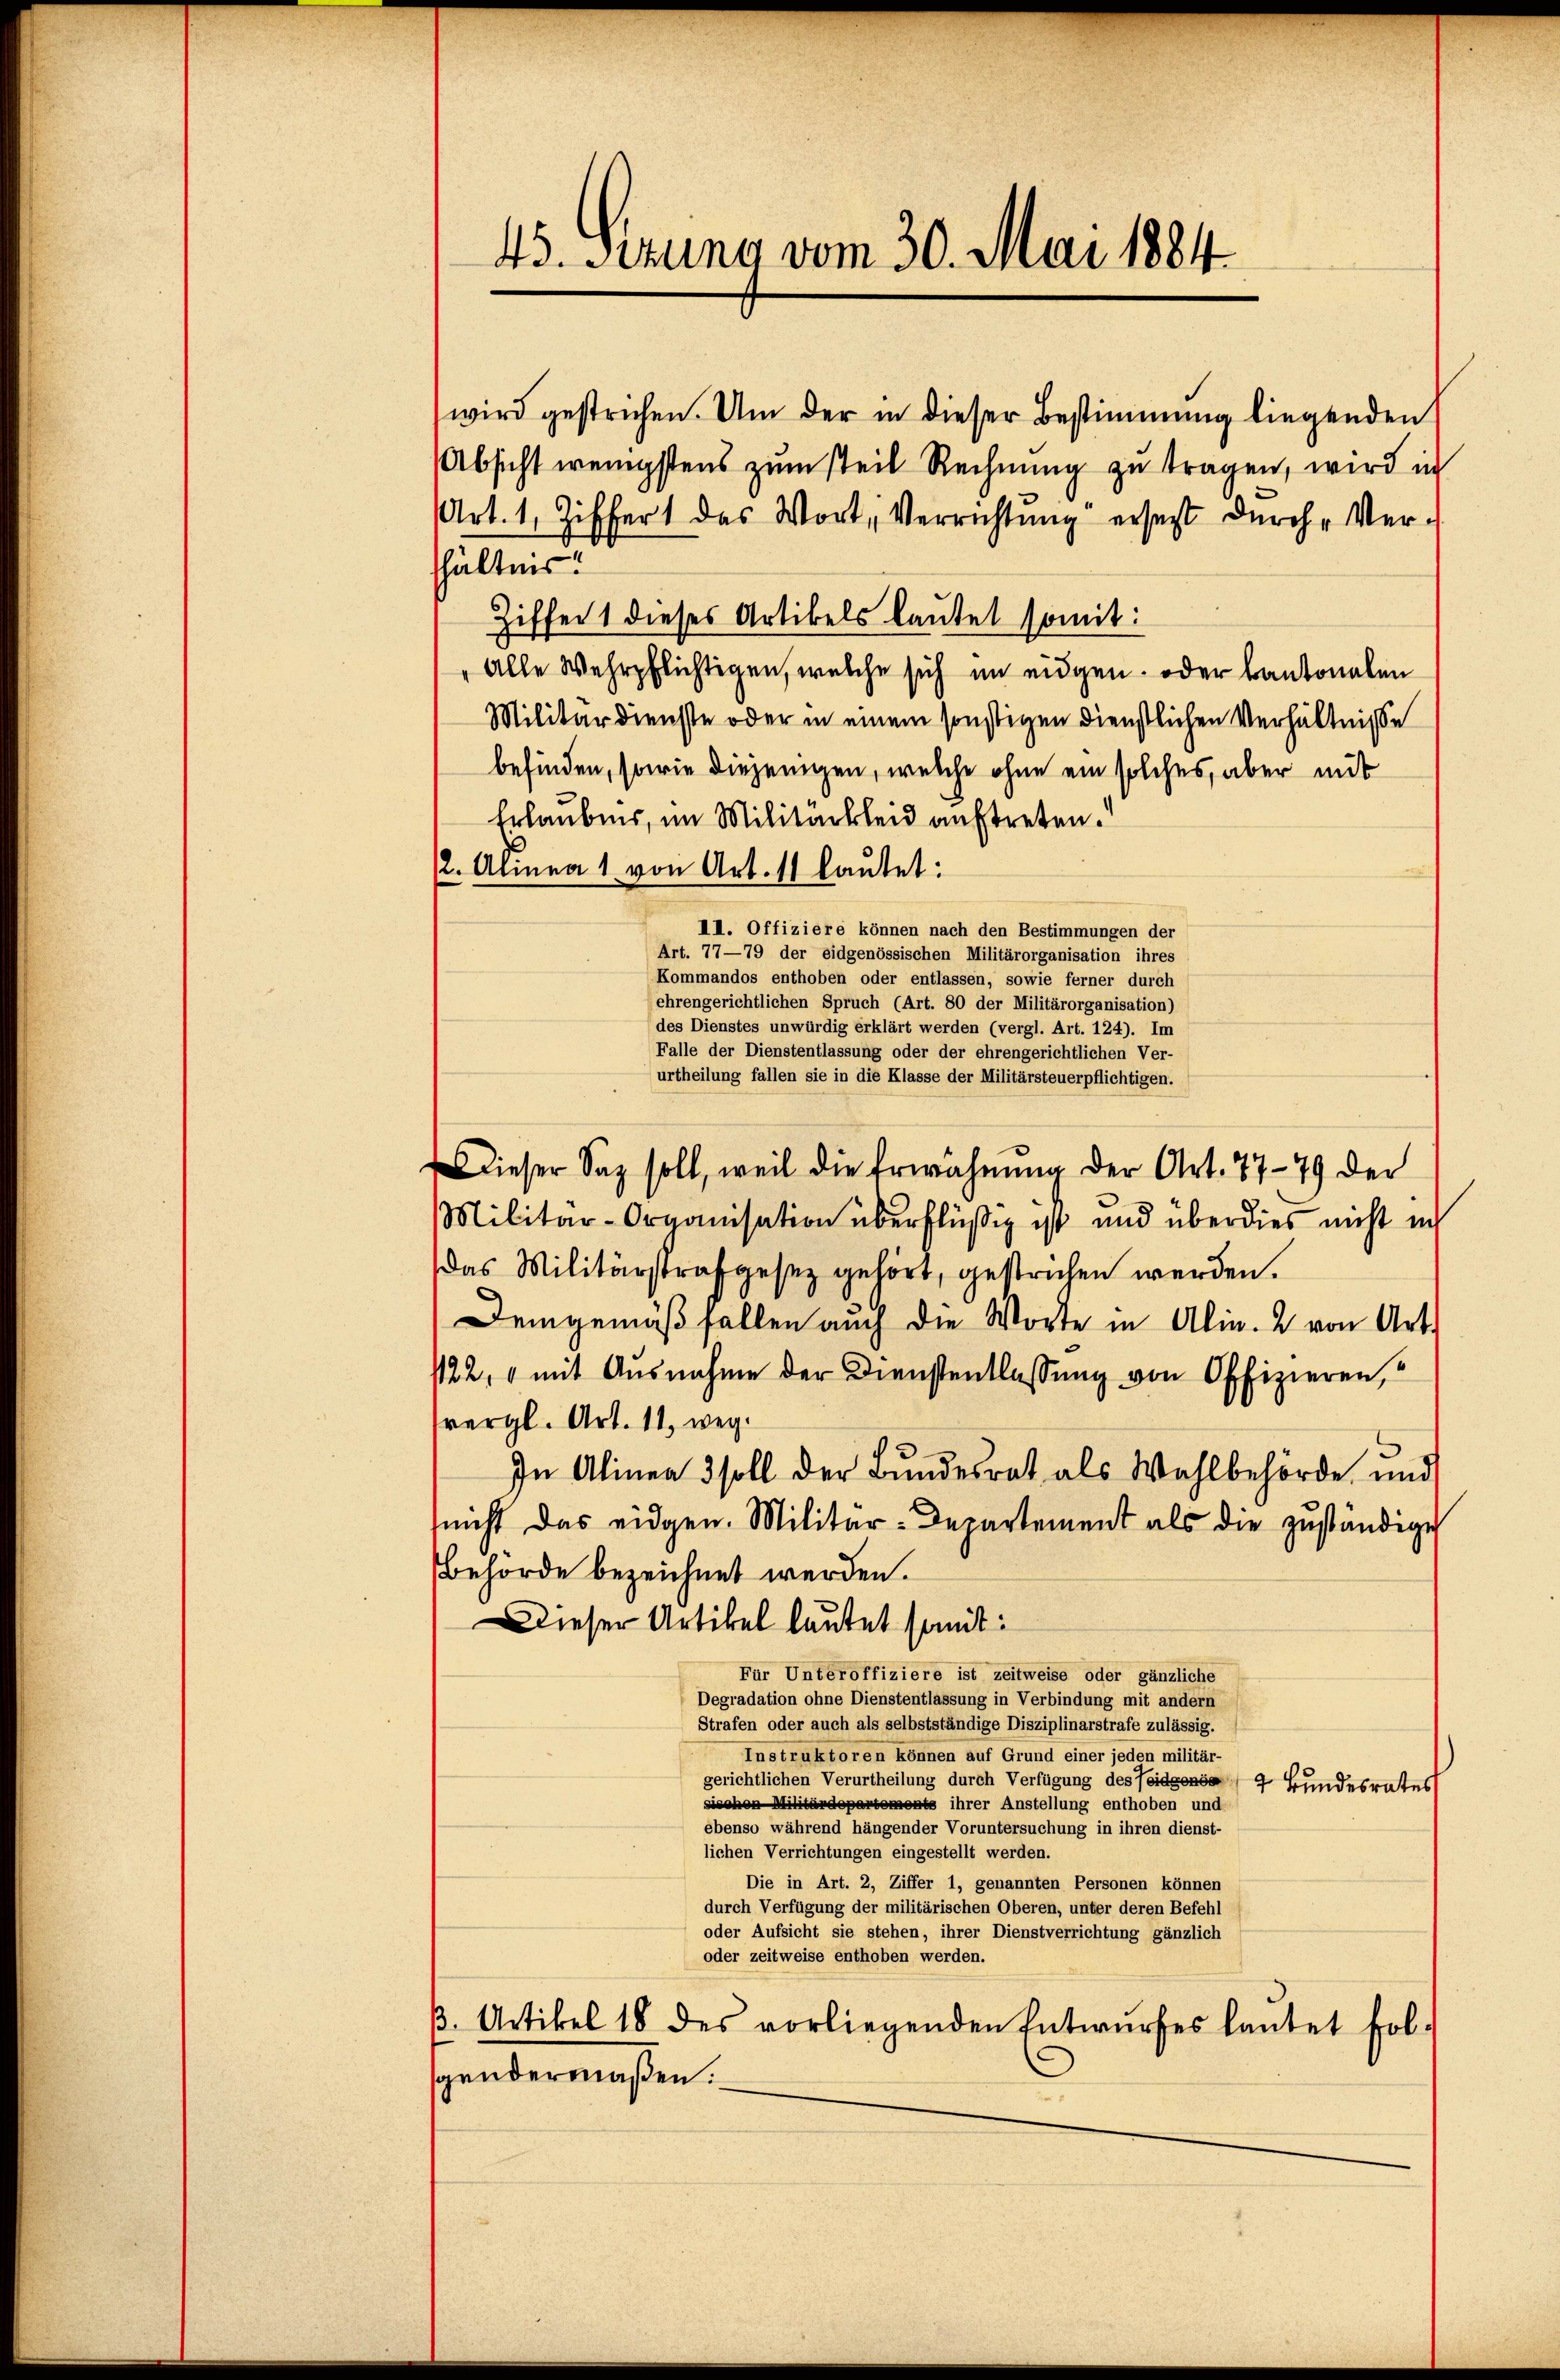
45. Sekung vom 30. Mai 1884.

wird gestrichen. Um der in dieser Bestimmung liegenden
Absicht wenigstens zum steil Rechnung zu tragen, wird in
Art. 1, Ziffert das Wort, Verrichtung ersetzt durch Verhältnis.
Ziffer 1 dieses Artikels lautet somit:
Alle Wehrpflichtigen, welche sich im eidgen. oder Kantonalen
Militärdienste oder in einem sonstigen dienstlichen Verhältnisse
befinden, sowie diejenigen, welche ohne ein solches, aber mit
Erlaubnis, im Militarkleid auftreten.
2. Alinea 1 von Art. 11 lautet:
III. Offiziere können nach den Bestimmungen der
Art. 77—79 der eidgenössischen Militärorganisation ihres
Kommandos enthoben oder entlassen, sowie ferner durch
ehrengerichtlichen Spruch (Art. 80 der Militärorganisation)
des Dienstes unwürdig erklärt werden (vergl. Art. 124). Im
Falle der Dienstentlassung oder der ehrengerichtlichen Ver-
urtheilung fallen sie in die Klasse der Militärsteuerpflichtigen.
dieser Sag soll, weil die Erwähnung der Art. 77-79 der
Militär-Organisation überflüßig ist und über dies nicht in
das Militärstrafgesez gehört, gestrichen werden.
Demgemäß fallen auch die Worte in Alin. 2. von Art.
/22, 1 mit Ausnahme der Dienstentlassung von Offizieren,
vergl. Art. 11, weg.
In Alinea 3 soll der Bundesrat als Wahlbehörde und
nicht das eidgen. Militär-Departement als die zuständige
Behörde bezeichnet werden.
Dieser Artikel lautet somit:
Für Unteroffiziere ist zeitweise oder gänzliche
Degradation ohne Dienstentlassung in Verbindung mit andern
Strafen oder auch als selbstständige Disziplinarstrafe zulässig.
Instruktoren können auf Grund einer jeden militär-
gerichtlichen Verurtheilung durch Verfügung des Teidgenös 4 Bundesrates
sischen Militärdepartements ihrer Anstellung enthoben und
ebenso während hängender Voruntersuchung in ihren dienst-
lichen Verrichtungen eingestellt werden.
Die in Art. 2, Ziffer 1, genannten Personen können
durch Verfügung der militärischen Oberen, unter deren Befehl
oder Aufsicht sie stehen, ihrer Dienstverrichtung gänzlich
oder zeitweise enthoben werden.
3. Artikel 18 des vorliegenden Entwŭrfes lautet fol-
entermaßen.